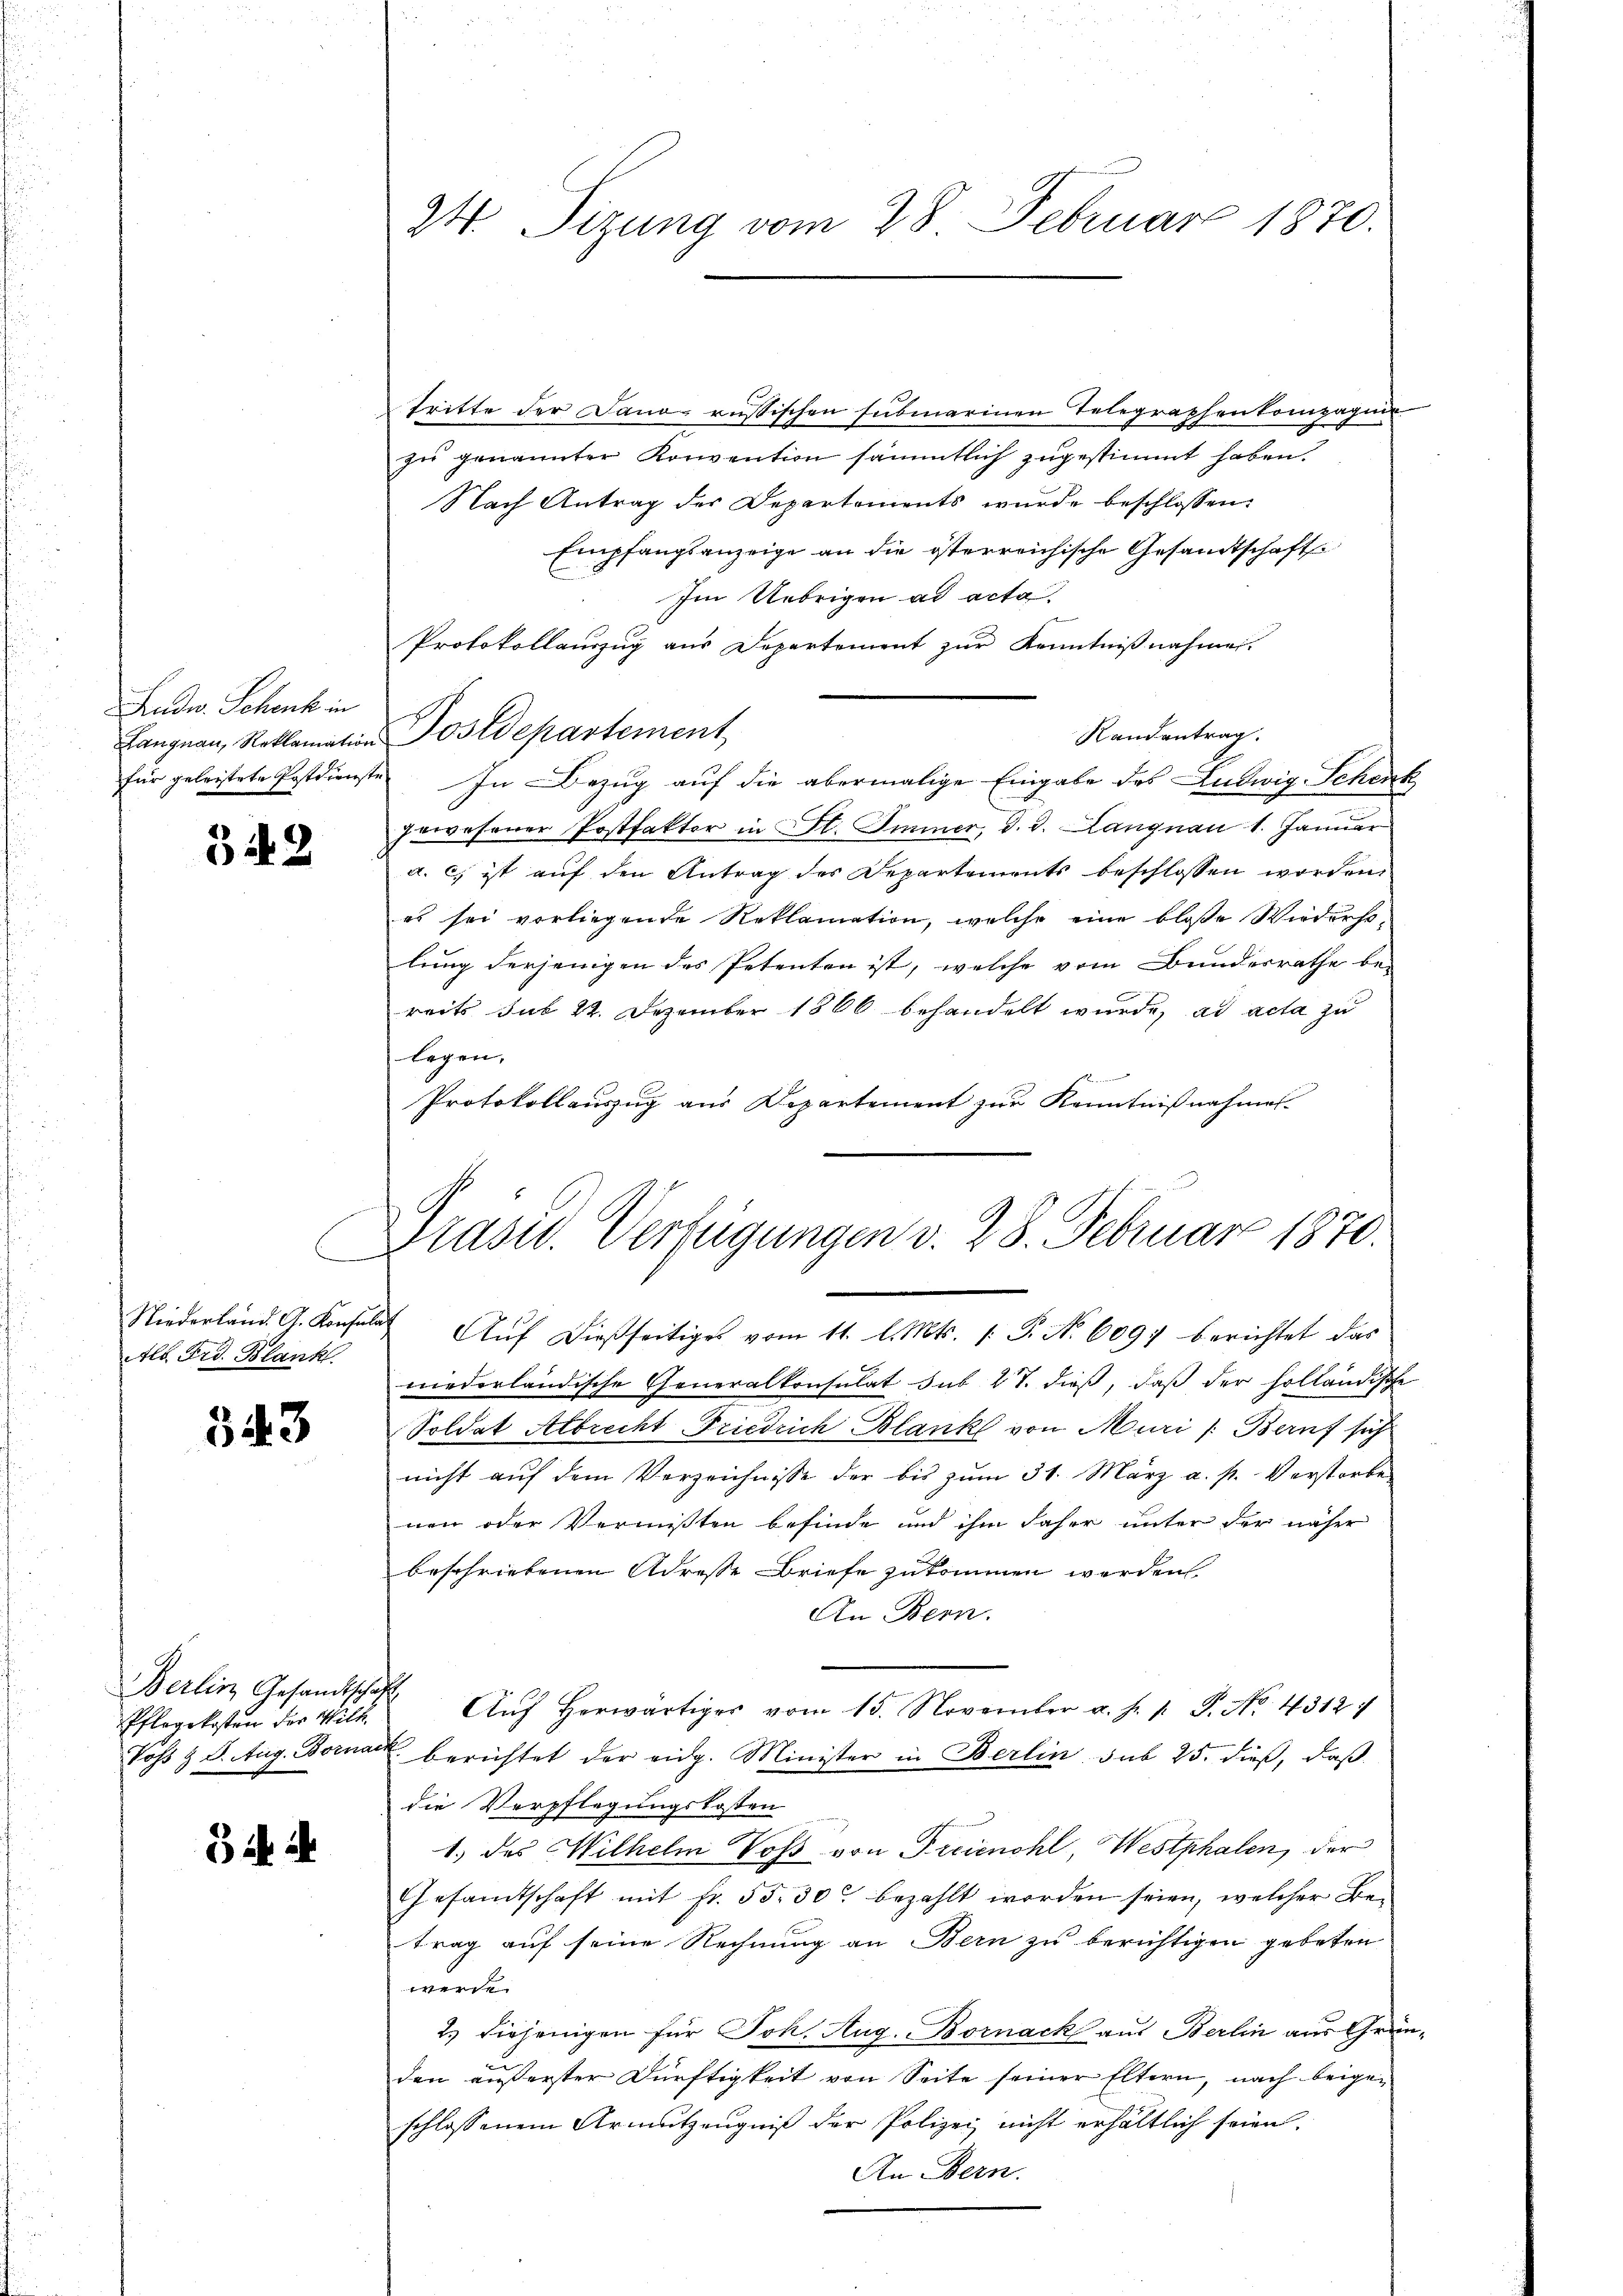
Audw. Schenk in

342

Alb. Frd. Blank.

543

Berlin Gesandtschaft
Pflegekosten der Will

B in ih

tritte der Dano, russischen submarinen Telegraphenkompagnie
zu genannter Konvention sämmtlich zugestimmt haben.
Nach Antrag des Departements wurde beschlossen:
Empfangsanzeige an die österreichische Gesandtschafte
Im Uebrigen ad acta.
Protokollauszug aus Departement zur Kenntnißnahmen.
Randantrag.
Langnau, Reklamation Postdepartement
für geleistete Postdienste. In Bezug auf die abermalige Eingabe des Ludwig Schenk
gewesener Postfaktor in St. Immer, d. d. Langnau 1. Januar
a. c. ist auf den Antrag des Departements beschlossen worden,
es sei vorliegende Reklamation, welche eine bloße Wiederstlung derjenigen des Petenten ist, welche vom Bunderrathe bereits sub 22. Dezember 1866 behandelt wurde, ad acta zu
legen.
s
Protokollauszug aus Departement zur Kenntnißnahmes

Niederland. A. Konsulat Aŭf dießseitiges vom 11. l. Mts. 1. P. Nr. 6097 berichtet das
niederländische Generalkonsulat sub 27. dieß, daß der holländische
Soldat Albrecht Friedrich Blank von Muri (Beruf sich
nicht aŭf dem Verzeichnisse der bis zŭm 31. März a. p. Verstorbe
nen oder Vermißten befinde und ihm daher unter der näher
beschriebenen Adresse Briefe zukommen werden
An Bern.
Aŭf herwärtiger vom 15. November a. f. 1. P. No. 43127/
Vohs § 8. Aug. Bornar berichtet der eidg. Minister in Berlin sub 25. dieß, daß
die Verpflegungskosten
1.) das Wilhelm Voss von Freienohl, Westphalen, der
Gesamtschaft mit fr. 55. 30. bezahlt worden seien, welcher Betrag auf seine Rechnung an Bern zu berichtigen gebeten
e
2.) Diejenigen für Joh. Aug. Bornack aus Berlin aus Gründen äußerster Dürftigkeit von Seite seiner Eltern, nach beigeschlossenem Armutzeugniß der Polizei nicht erhältlich seien.
An Bern.

24. Sizung vom 28. Februar 1870.

Präsid. Verfügungen v. 28. Februar 1870.